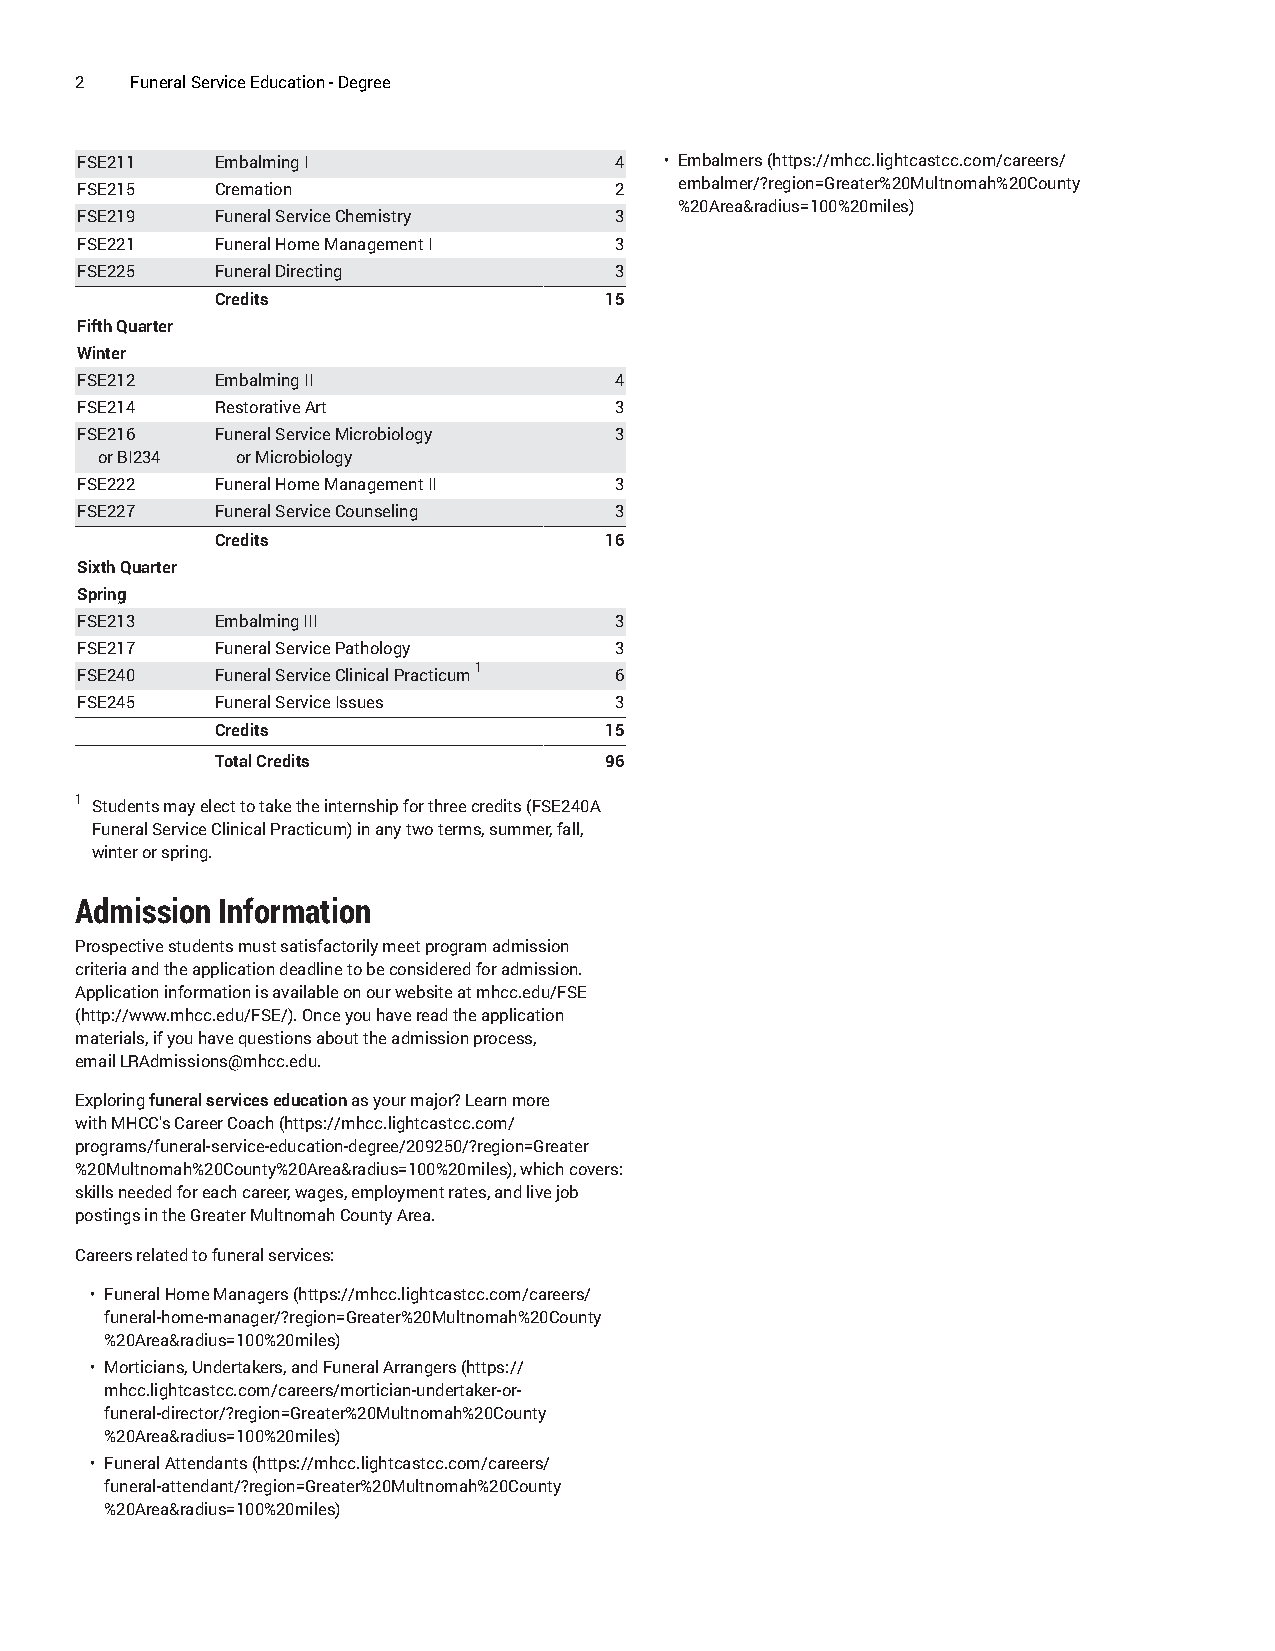
2   Funeral Service Education - Degree
 FSE211   Embalming I                4  • Embalmers (https://mhcc.lightcastcc.com/careers/
 FSE215   Cremation                  2   embalmer/?region=Greater%20Multnomah%20County
 %20Area&radius=100%20miles)
 FSE219   Funeral Service Chemistry  3
 FSE221   Funeral Home Management I  3
 FSE225   Funeral Directing          3
 Credits                   15
 Fifth Quarter
 Winter
 FSE212   Embalming II               4
 FSE214   Restorative Art            3
 FSE216   Funeral Service Microbiology 3
 or BI234  or Microbiology
 FSE222   Funeral Home Management II 3
 FSE227   Funeral Service Counseling 3
 Credits                   16
 Sixth Quarter
 Spring
 FSE213   Embalming III              3
 FSE217   Funeral Service Pathology  3
 1
 FSE240   Funeral Service Clinical Practicum 6
 FSE245   Funeral Service Issues     3
 Credits                   15
 Total Credits             96
 1
 Students may elect to take the internship for three credits (FSE240A
 Funeral Service Clinical Practicum) in any two terms, summer, fall,
 winter or spring.
 Admission Information
 Prospective students must satisfactorily meet program admission
 criteria and the application deadline to be considered for admission.
 Application information is available on our website at mhcc.edu/FSE
 (http://www.mhcc.edu/FSE/). Once you have read the application
 materials, if you have questions about the admission process,
 email LRAdmissions@mhcc.edu.
 Exploring funeral services education as your major? Learn more
 with MHCC's Career Coach (https://mhcc.lightcastcc.com/
 programs/funeral-service-education-degree/209250/?region=Greater
 %20Multnomah%20County%20Area&radius=100%20miles), which covers:
 skills needed for each career, wages, employment rates, and live job
 postings in the Greater Multnomah County Area.
 Careers related to funeral services:
 • Funeral Home Managers (https://mhcc.lightcastcc.com/careers/
 funeral-home-manager/?region=Greater%20Multnomah%20County
 %20Area&radius=100%20miles)
 • Morticians, Undertakers, and Funeral Arrangers (https://
 mhcc.lightcastcc.com/careers/mortician-undertaker-or-
 funeral-director/?region=Greater%20Multnomah%20County
 %20Area&radius=100%20miles)
 • Funeral Attendants (https://mhcc.lightcastcc.com/careers/
 funeral-attendant/?region=Greater%20Multnomah%20County
 %20Area&radius=100%20miles)